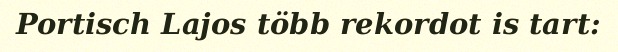
Portisch Lajos több rekordot is tart: